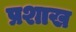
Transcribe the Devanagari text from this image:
प्रशाख